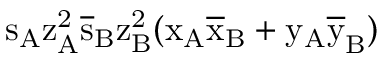
\mathrm { s _ { A } \mathrm { z _ { A } ^ { 2 } \mathrm { \overline { { s } } _ { B } \mathrm { z _ { B } ^ { 2 } ( \mathrm { x _ { A } \mathrm { \overline { { x } } _ { B } + \mathrm { y _ { A } \mathrm { \overline { { y } } _ { B } ) } } } } } } } }